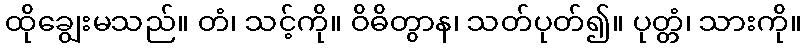
ထိုချွေးမသည်။ တံ၊ သင့်ကို။ ဝိဓိတွာန၊ သတ်ပုတ်၍။ ပုတ္တံ၊ သားကို။